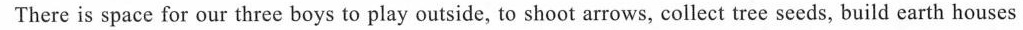
There is space for our three boys to play outside, to shoot arrows, collect tree seeds, build earth houses